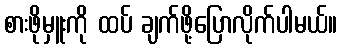
စားဖိုမှူးကို ထပ် ချက်ဖို့ပြောလိုက်ပါမယ်။